Vaccination in Bombay 1902-1912 - 1902-1912
Year: 1902
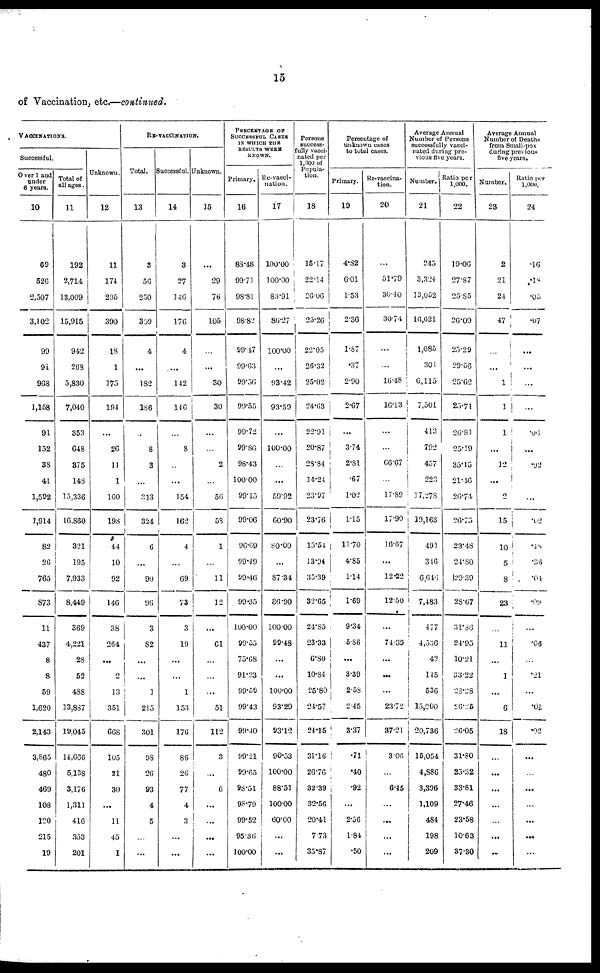
15
of Vaccination, etc.—continued.
VACCINATIONS.
Successful.
Over 1 and
under
6 years.
10
69
526
2,507
3,102
99
91
968
1,158
91
152
38
41
1,592
1,914
82
26
765
873
11
437
8
8
59
1,620
2,143
3,865
480
469
108
120
215
19
Total of
all ages.
11
192
2,714
13,009
15,915
942
268
5,830
7,040
353
648
375
148
15,336
16,860
321
195
7,933
8,449
369
4,221
28
52
488
13,887
19,045
14,666
5,138
3,176
1,311
416
353
201
Unknown.
12
11
174
205
390
18
1
175
194
...
26
11
1
160
198
44
10
92
146
38
264
...
2
13
351
668
105
21
30
...
11
45
1
RE-VACCINATION.
Total.
13
3
56
250
309
4
...
182
186
...
8
3
...
313
324
6
...
90
96
3
82
...
...
1
215
301
98
26
93
4
5
...
...
Successful.
14
3
27
146
176
4
...
142
146
...
8
...
...
154
162
4
...
69
73
3
19
...
...
1
153
176
86
26
77
4
3
...
...
Unknown.
15
...
29
76
105
...
...
30
30
...
...
2
...
56
58
1
...
11
12
...
61
...
...
...
51
112
3
...
6
...
...
...
...
PERCENTAGE OF
SUCCESSFUL CASES
IN WHICH THE
RESULTS WERE
KNOWN.
Primary.
16
83.48
99.71
98.81
98.82
99.47
99.63
99.56
99.55
99.72
99.86
98.43
100.00
99.15
99.06
96.69
99.49
99.46
99.35
100.00
99.55
75.68
91.23
99.59
99.43
99.40
99.21
99.65
98.51
98.79
99.52
95.36
100.00
Re-vacci-
nation.
17
100.00
100.00
83.91
86.27
100.00
...
93.42
93.59
...
100.00
...
...
59.92
60.90
80.00
...
87.34
86.90
100.00
99.48
...
...
100.00
93.29
93.12
90.53
100.00
88.51
100.00
60.00
...
...
Persons
success-
fully vacci-
nated per
1,000 of
Popula-
tion.
18
15.17
22.14
26.06
25.26
22.05
26.32
25.02
24.63
22.91
20.87
28.84
14.24
23.97
23.76
15.54
13.94
35.39
32.65
24.85
23.33
6.80
10.84
25.80
24.57
24.15
31.16
26.76
32.39
32.56
20.41
7.73
35.87
Percentage of
unknown cases
to total cases.
Primary.
19
4.82
6.01
1.53
2.36
1.87
.37
2.90
2.67
...
3.74
2.81
.67
1.02
1.15
11.70
4.85
1.14
1.69
9.34
5.86
...
3.39
2.58
2.45
3.37
.71
.40
.92
...
2.56
1.84
.50
Re-vaccina-
tion.
20
...
51.79
30.40
30.74
...
...
16.48
16.13
...
...
66.67
...
17.89
17.90
16.67
...
12.22
12.50
...
74.39
...
...
...
23.72
37.21
3.06
...
6.45
...
...
...
...
Average Annual
Number of Persons
successfully vacci-
nated during pre-
vious five years.
Number.
21
245
3,324
13,052
16,621
1,085
301
6,115
7,501
413
792
457
223
17,278
19,163
491
346
6,646
7,483
477
4,536
42
145
536
15,000
20,736
15,054
4,886
3,396
1,109
484
198
209
Ratio per
1,000.
22
19.06
27.87
25.85
26.09
25.29
29.56
25.62
25.71
26.81
25.19
35.15
21.46
26.74
26.75
23.48
24.8O
29.39
28.67
31.86
24.95
10.21
33.22
23.28
26.25
26.05
31.80
25.32
33.81
27.46
23.58
10.63
37.30
Average Annual
Number of Deaths
from Small-pox
during previous
five years.
Number.
23
2
21
24
47
...
...
1
1
1
...
12
...
2
15
10
5
8
23
...
11
...
1
...
6
18
...
...
...
...
...
...
...
Ratio per
1,000.
24
.16
.18
.05
.07
...
...
...
...
.06
...
.92
...
...
.02
.48
.36
.05
.09
...
.06
...
.21
...
.01
.02
...
...
...
...
...
...
...